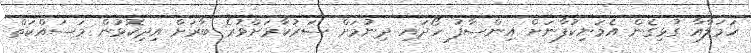
ހަމަލާއާ ގުޅިގެން އެމަނިކުފާނަށް އިންސާފު ހޯދައި ދިނުމަށް ސަރުކާރަށްވުރެ ބާރަށް އިދިކޮޅުން މަސައްކަތް